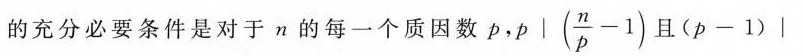
的充分必要条件是对于n的每一个质因数p,$$p | (\frac { n } { p } - 1 )$$且$$( p - 1 ) |